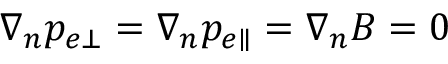
\nabla _ { n } p _ { e \bot } = \nabla _ { n } p _ { e \parallel } = \nabla _ { n } B = 0